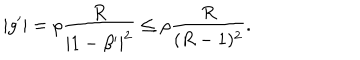
LaTeX: | g ^ { \prime } | = \rho { \frac { R } { | 1 - \beta ^ { \prime } | ^ { 2 } } } \leq \rho { \frac { R } { ( R - 1 ) ^ { 2 } } } .